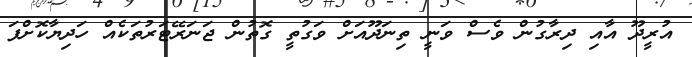
އުރީދޫ އާއި ދިރާގުން ވެސް ވަނީ ތިނަދޫއަށް ވަގުތީ ގޮތުން ޖަނަރޭޓަރުތަކެއް ހަދިޔާކޮށްފަ